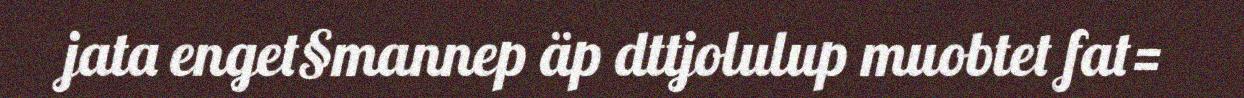
jata enget§mannep äp dttjolulup muobtet fat=